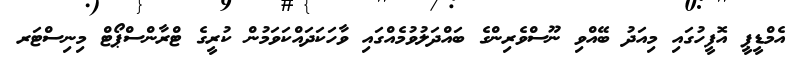
އެމްޑީޕީ އޮފީހުގައި މިއަދު ބޭއްވި ނޫސްވެރިންގެ ބައްދަލުވުމެއްގައި ވާހަކަދައްކަވަމުން ކުރީގެ ޓްރާންސްޕޯޓް މިނިސްޓަރ